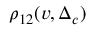
\rho _ { 1 2 } ( v , \Delta _ { c } )